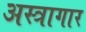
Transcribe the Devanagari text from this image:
अस्त्रागार